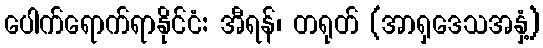
ပေါက်ရောက်ရာနိုင်ငံ: အီရန်၊ တရုတ် (အာရှဒေသအနှံ့)